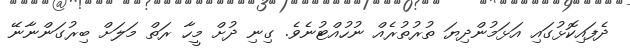
ދެފައިކޮޅުގައި އަޅަމުންދިޔަ ތުރުތުރެއް ނުހުއްޓުނެވެ. ގިނި ދުށް މީހާ ރަތް މަލަށް ބިރުގަންނާނޭ